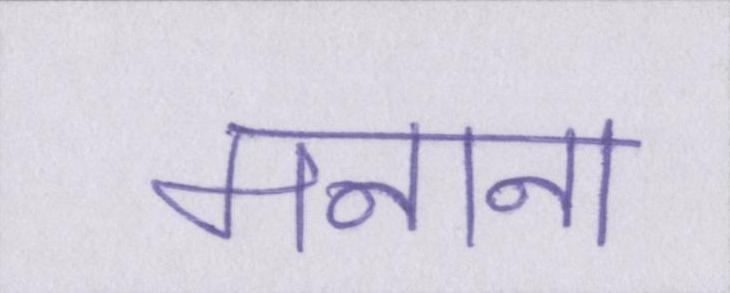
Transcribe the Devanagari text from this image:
मनाना